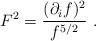
LaTeX: \begin{align*}F^2 = {(\partial_i f)^2 \over f^{5/2}} \ .\end{align*}